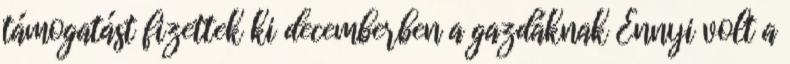
támogatást fizettek ki decemberben a gazdáknak Ennyi volt a